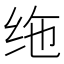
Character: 𫄟